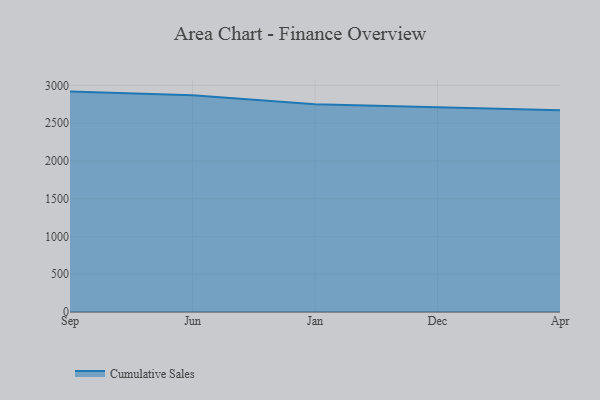
{"axis": {"x": "Month", "y": "Website Visitors"}, "legend": ["Cumulative Sales"], "data": [{"x": "Sep", "y": 2917.9, "type": "Cumulative Sales"}, {"x": "Jun", "y": 2868.5, "type": "Cumulative Sales"}, {"x": "Jan", "y": 2750.1, "type": "Cumulative Sales"}, {"x": "Dec", "y": 2711.4, "type": "Cumulative Sales"}, {"x": "Apr", "y": 2671.2, "type": "Cumulative Sales"}]}